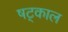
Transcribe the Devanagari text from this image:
षट्काल